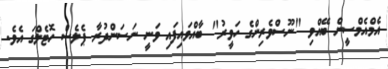
އެމްއެމްސީން ބޭއްވި "ނޫސްވެރިންގެ ހަވީރު" ބާއްވައިފައި ވަނީ ނަސަންދުރާ ޕެލެސް ހޮޓެލްގަ އެވެ.